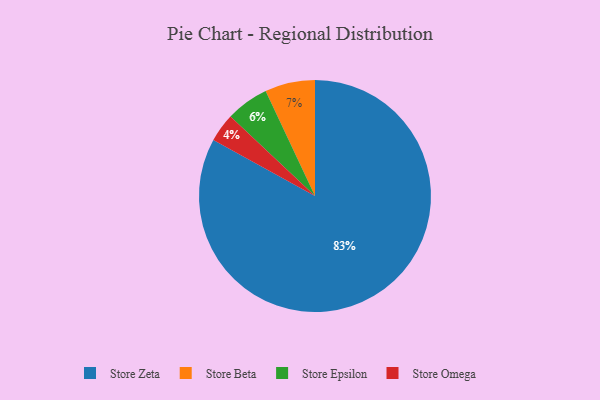
{"axis": {"x": "Category", "y": "Percentage"}, "legend": ["Store Beta", "Store Epsilon", "Store Omega", "Store Zeta"], "data": [{"x": "Store Omega", "y": 4, "type": "Store Omega"}, {"x": "Store Epsilon", "y": 6, "type": "Store Epsilon"}, {"x": "Store Beta", "y": 7, "type": "Store Beta"}, {"x": "Store Zeta", "y": 83, "type": "Store Zeta"}]}